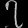
Digit: ၇